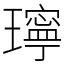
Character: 𤪥